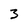
Character: 3